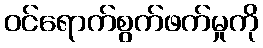
ဝင်ရောက်စွက်ဖက်မှုကို